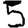
Digit: 5